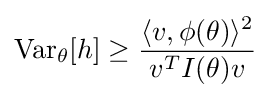
\operatorname {Var} _{\theta }[h]\geq {\frac {\langle v,\phi (\theta )\rangle ^{2}}{v^{T}I(\theta )v}}